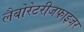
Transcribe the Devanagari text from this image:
लैबोरेटरीजफाइजर